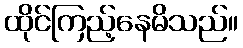
ထိုင်ကြည့်နေမိသည်။